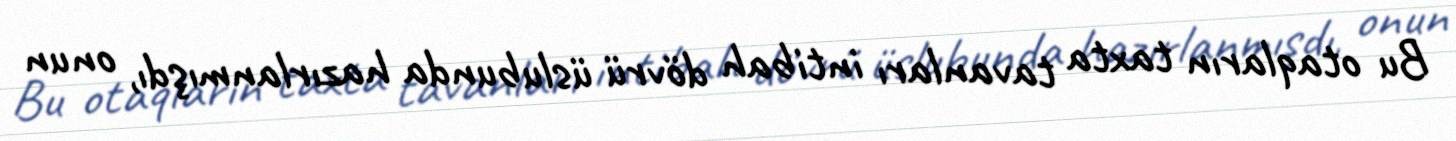
Bu otaqların taxta tavanları intibah dövrü üslubunda hazırlanmışdı, onun